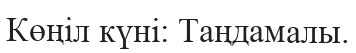
Көңіл күні: Таңдамалы.